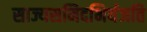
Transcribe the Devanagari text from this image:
साज्यसमिदभिर्यजति